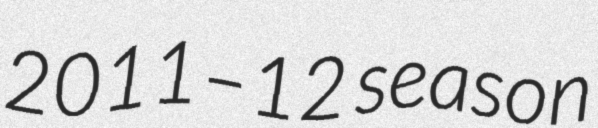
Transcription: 2011–12 season